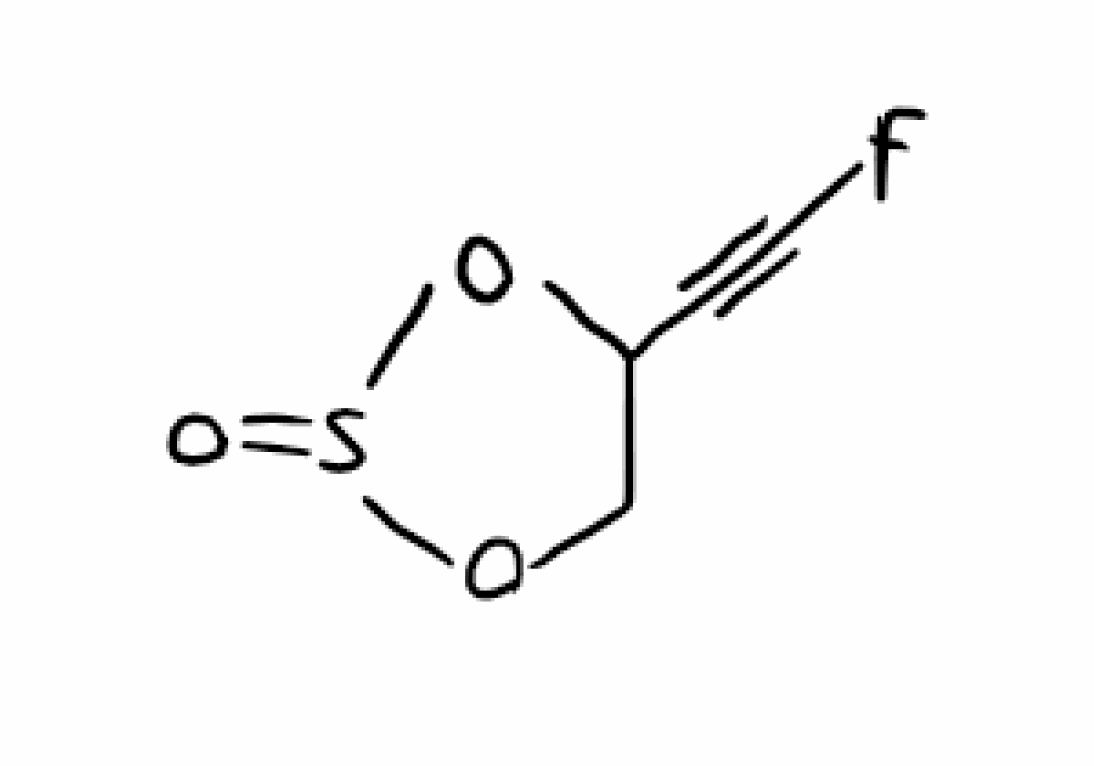
Simplified molecular-input line-entry system (SMILES) notation of the given molecule:
C1C(OS(=O)O1)C#CF